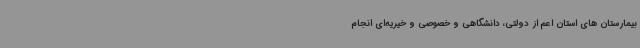
بیمارستان های استان اعم از دولتی، دانشگاهی و خصوصی و خیریه‌ای انجام